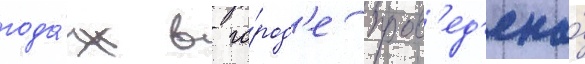
года́х в го́род'е пров'ед'ена́